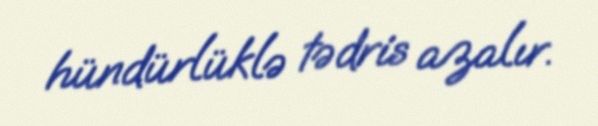
hündürlüklə tədris azalır.